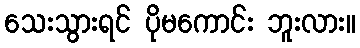
သေးသွားရင် ပိုမကောင်း ဘူးလား။